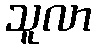
သူလာ